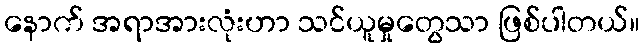
နောက် အရာအားလုံးဟာ သင်ယူမှုတွေသာ ဖြစ်ပါတယ်။